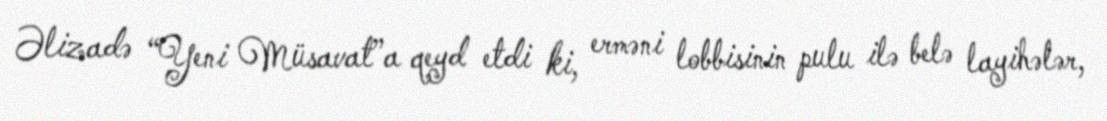
Əlizadə “Yeni Müsavat”a qeyd etdi ki, erməni lobbisinin pulu ilə belə layihələr,